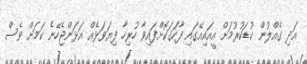
އަދި ގެއްލުން ކުޑަކުރުމަށް އީއައިއޭގައި ފާހަގަކޮށްފައިވާ ހުރިހާ ފިޔަވަޅެއް އަޅަންޖެހޭނެ ކަމަށް ވެސް